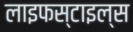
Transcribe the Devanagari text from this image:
लाइफस्टाइल्स